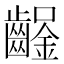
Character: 𨰒